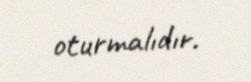
oturmalıdır.